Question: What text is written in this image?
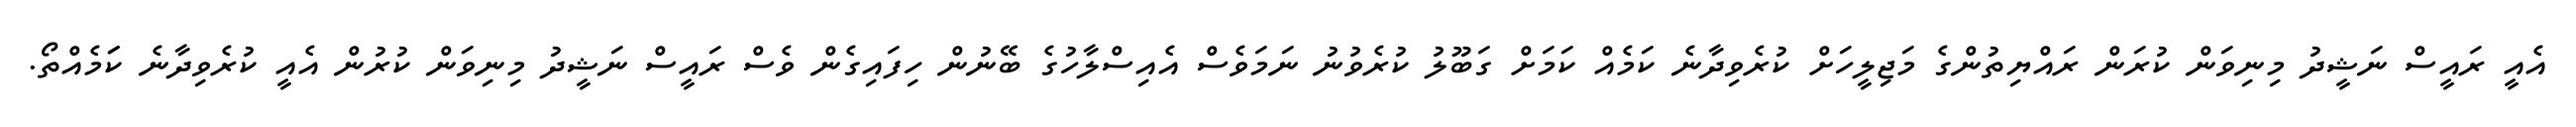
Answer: އެއީ ރައީސް ނަޝީދު މިނިވަން ކުރަން ރައްޔިތުންގެ މަޖިލީހަށް ކުރެވިދާނެ ކަމެއް ކަމަށް ގަބޫލު ކުރެވުނު ނަމަވެސް އެއިސްލާހުގެ ބޭނުން ހިފައިގެން ވެސް ރައީސް ނަޝީދު މިނިވަން ކުރުން އެއީ ކުރެވިދާނެ ކަަމެއްތޯ.